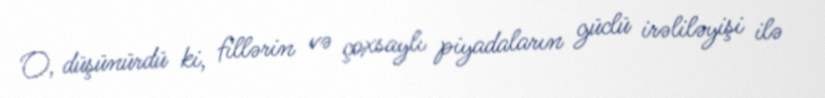
O, düşünürdü ki, fillərin və çoxsaylı piyadaların güclü irəliləyişi ilə